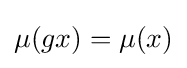
\mu (gx)=\mu (x)